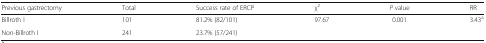
<table><thead><tr><td><b>Previous gastrectomy</b></td><td><b>Total</b></td><td><b>Success rate of ERCP</b></td><td><b>χ<sup>2</sup></b></td><td><b><i>P</i> value</b></td><td><b>RR</b></td></tr></thead><tbody><tr><td>Billroth I</td><td>101</td><td>81.2% (82/101)</td><td>97.67</td><td>0.001</td><td>3.43<sup>a</sup></td></tr><tr><td>Non-Billroth I</td><td>241</td><td>23.7% (57/241)</td><td></td><td></td><td></td></tr></tbody></table>